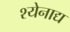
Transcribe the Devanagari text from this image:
श्येनाद्य